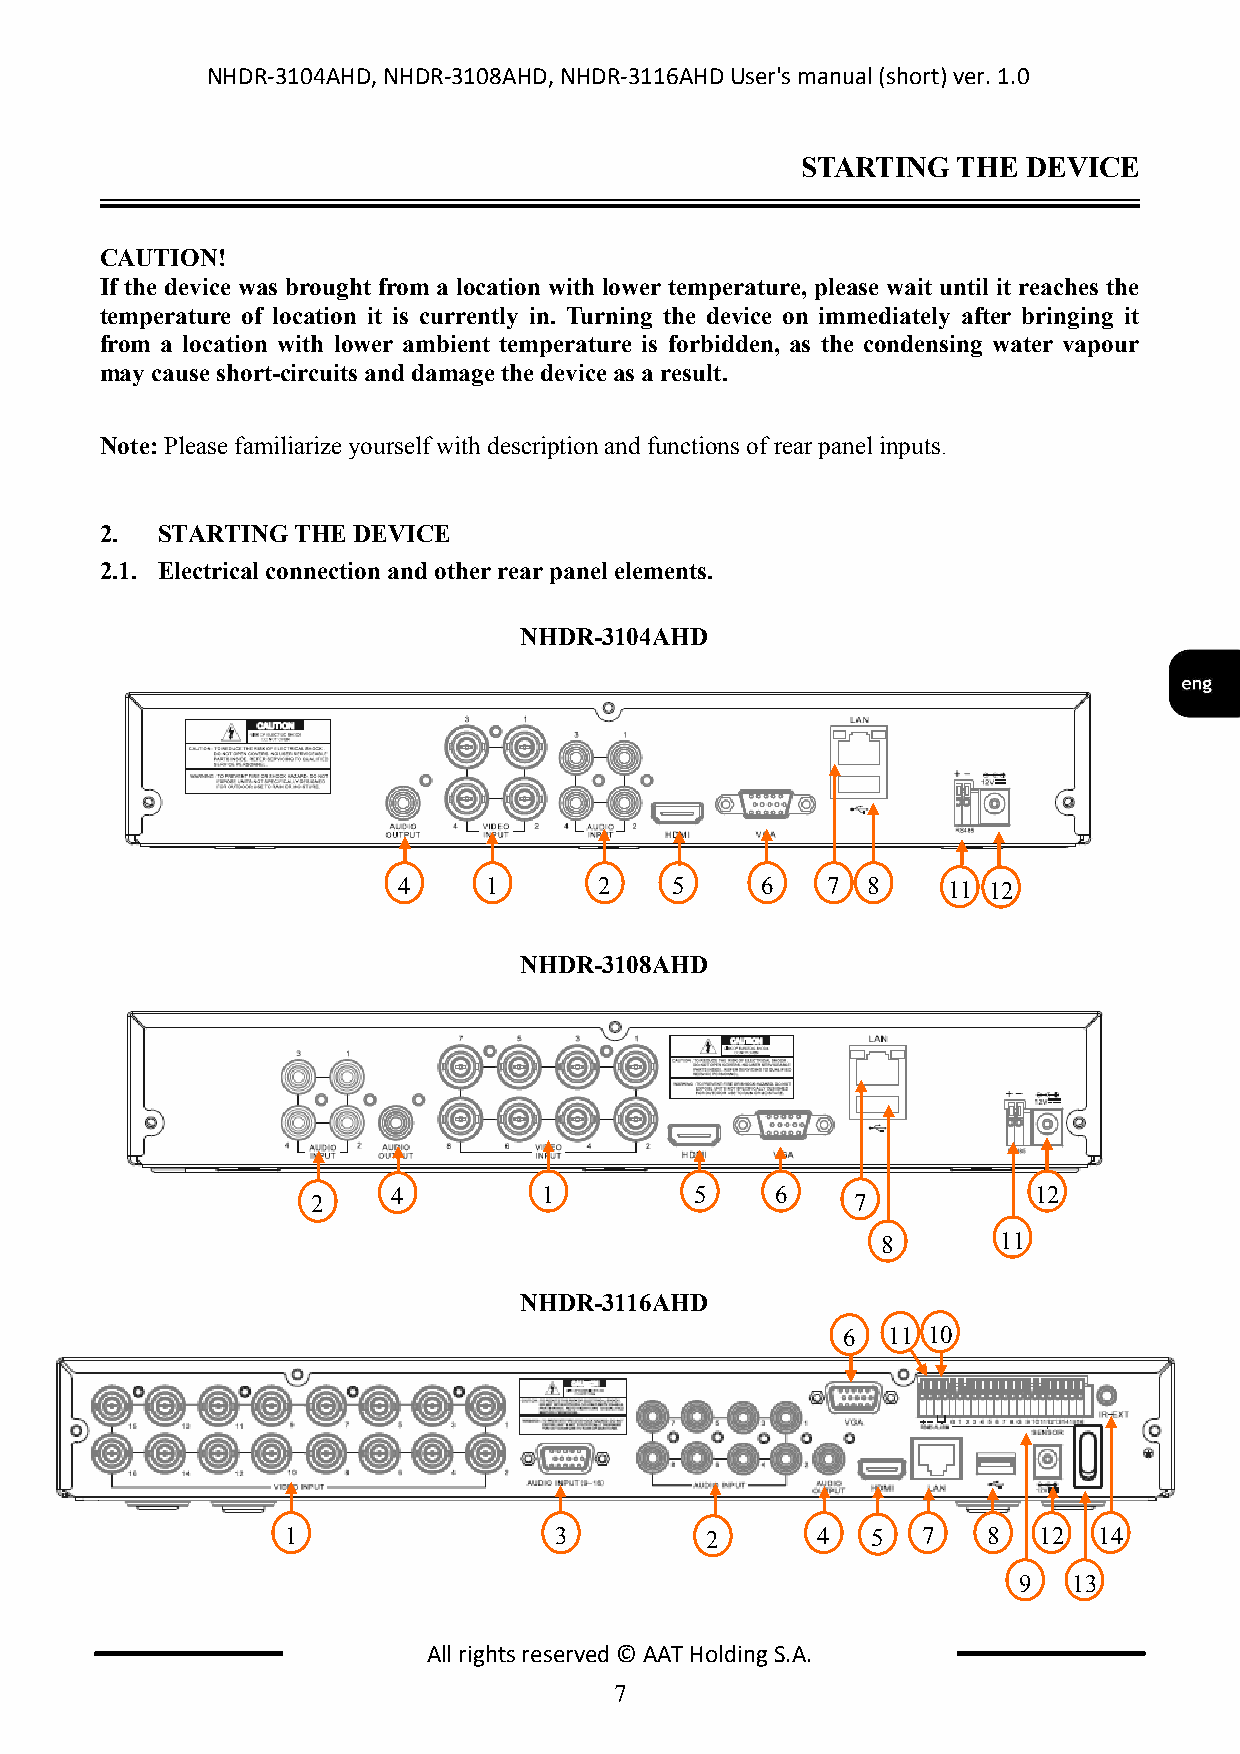
NHDR-3104AHD, NHDR-3108AHD, NHDR-3116AHD User's manual (short) ver. 1.0
 STARTING  THE  DEVICE
 CAUTION!
 If the device was brought from a location with lower temperature, please wait until it reaches the
 temperature of location it is currently in. Turning the device on immediately after bringing it
 from a location with lower ambient temperature is forbidden, as the condensing water vapour
 may cause short-circuits and damage the device as a result.
 Note: Please familiarize yourself with description and functions of rear panel inputs.
 2. STARTING THE DEVICE
 2.1. Electrical connection and other rear panel elements.
 NHDR-3104AHD
 4     1       2   5     6    7 8     1 1 1 2
 NHDR-3108AHD
 2    4         1         5    6     7          1 2
 8       1 1
 NHDR-3116AHD
 6  1 1 1 0
 1                 3         2      4   5  7   8   1 2 1 4
 9   13
 All rights reserved © AAT Holding S.A.
 7